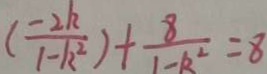
( \frac { - 2 k } { 1 - k ^ { 2 } } ) + \frac { 8 } { 1 - k ^ { 2 } } = 8